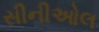
સીનીઓલ